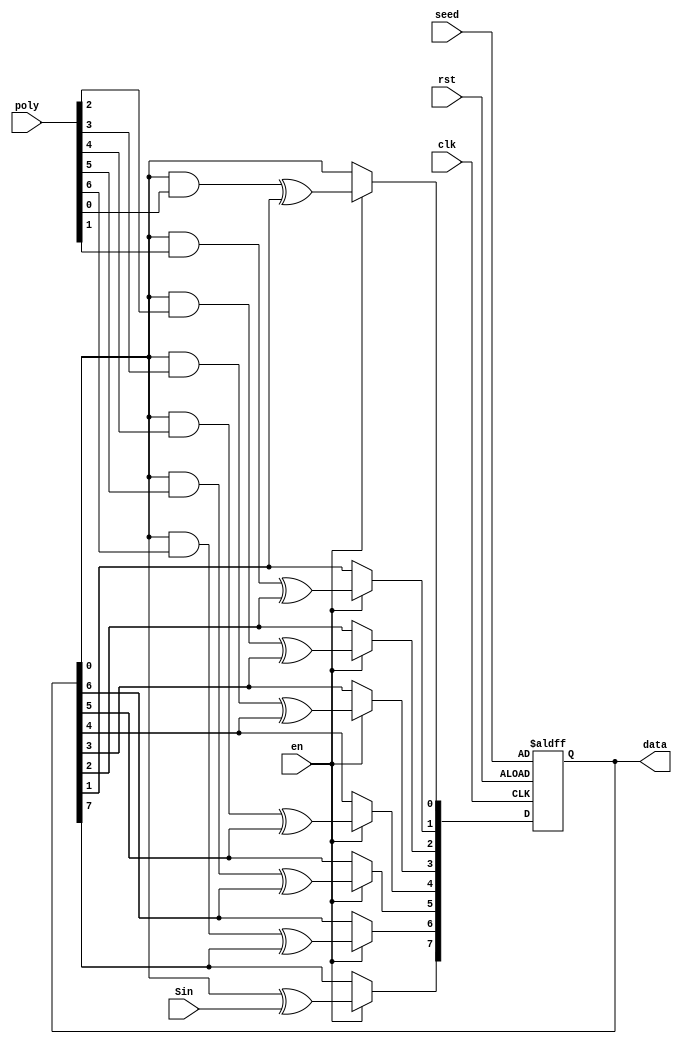

module SISA #(parameter n = 8) (clk, rst, en, poly, seed, Sin, data);
			
   input clk, rst, en, Sin;
   input [n - 1:0] seed;
   input [n - 1:0] poly;
   output reg [n - 1:0] data;
   reg [23:0] test_data;
   integer i;
	
 always @(posedge clk or posedge rst) begin
     if(rst == 1'b1)
         data = seed;		   
     else if(en == 1'b1) begin						
         data[n - 1] <= data[0] ^ Sin;
         for(i = 0; i < n - 1; i = i + 1) begin
            data[i] <= (data[0] & poly[i]) ^ data[i + 1];
         end 
      end
   end
			
   always @(posedge clk) begin
      if(rst == 1'b1)
         test_data = 0;
      else if(en == 1'b1) begin						
         for(i = 0; i < 23; i = i + 1) begin
            test_data[i] <= test_data[i + 1];
         end 	
         test_data[23] <= Sin;
      end
   end
endmodule